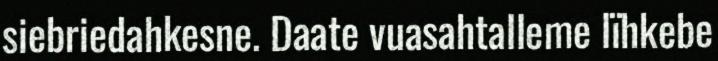
siebriedahkesne. Daate vuasahtalleme lïhkebe